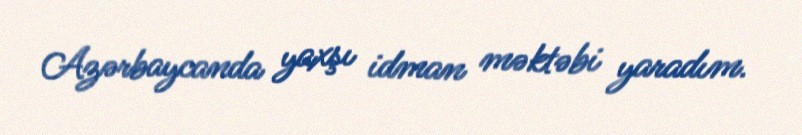
Azərbaycanda yaxşı idman məktəbi yaradım.